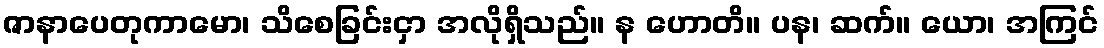
ဇာနာပေတုကာမော၊ သိစေခြင်းငှာ အလိုရှိသည်။ န ဟောတိ။ ပန၊ ဆက်။ ယော၊ အကြင်